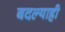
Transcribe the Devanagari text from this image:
बदल्याही